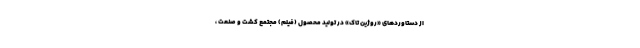
از دستاوردهای «روژین تاک» در تولید محصول (فیلم) مجتمع کشت و صنعت ،